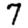
Digit: 7